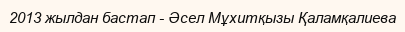
2013 жылдан бастап - Әсел Мұхитқызы Қаламқалиева